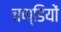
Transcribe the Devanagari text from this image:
चण्डियों